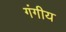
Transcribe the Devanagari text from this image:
गंगीय